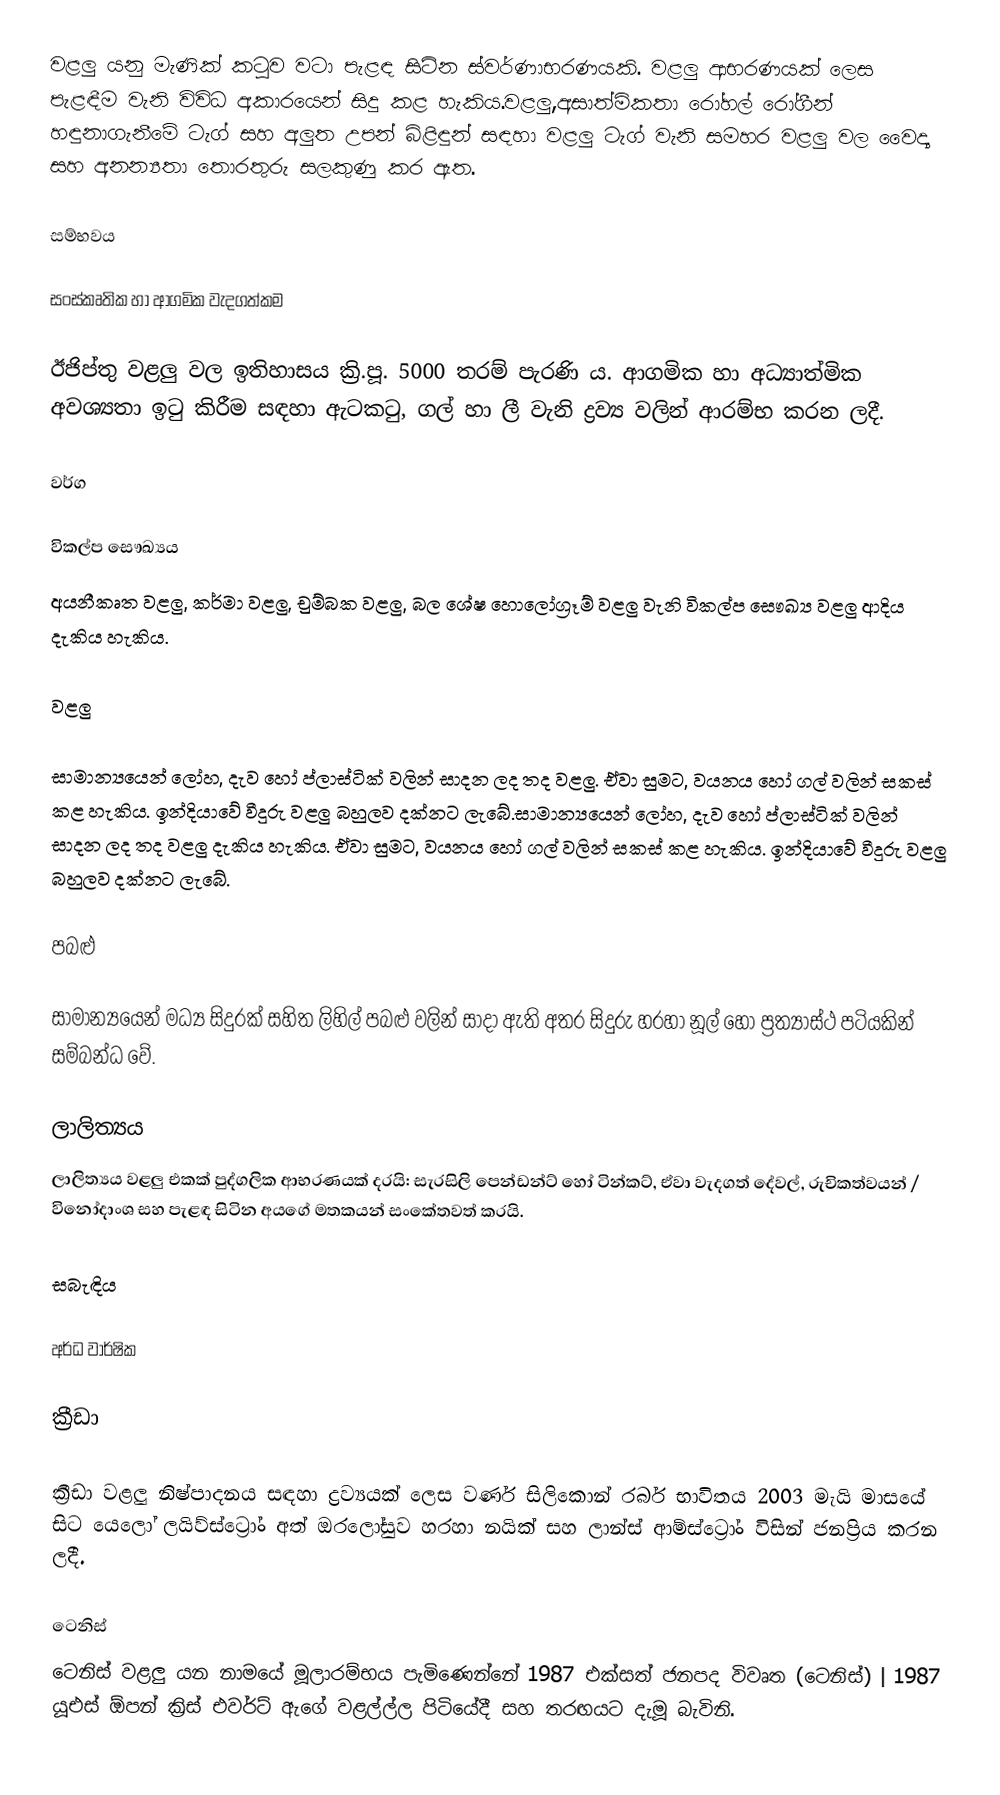
වළලු යනු මැණික් කටුව වටා පැළඳ සිටින ස්වර්ණාභරණයකි. වළලු ආභරණයක් ලෙස පැළඳීම වැනි විවිධ අකාරයෙන් සිදු කළ හැකිය.වළලු,අසාත්මිකතා රෝහල් රෝගීන් හඳුනාගැනීමේ ටැග් සහ අලුත උපන් බිළිඳුන් සඳහා වළලු ටැග් වැනි සමහර වළලු වල වෛද්‍ය සහ අනන්‍යතා තොරතුරු සලකුණු කර ඇත.

සම්භවය

සංස්කෘතික හා ආගමික වැදගත්කම

ඊජිප්තු වළලු වල ඉතිහාසය ක්‍රි.පූ. 5000 තරම් පැරණි ය. ආගමික හා අධ්‍යාත්මික අවශ්‍යතා ඉටු කිරීම සඳහා ඇටකටු, ගල් හා ලී වැනි ද්‍රව්‍ය වලින් ආරම්භ කරන ලදී.

වර්ග

විකල්ප සෞඛ්‍යය
අයනීකෘත වළලු, කර්මා වළලු, චුම්බක වළලු, බල ශේෂ හොලෝග්‍රෑම් වළලු වැනි විකල්ප සෞඛ්‍ය වළලු ආදිය දැකිය හැකිය.

වළලු

සාමාන්‍යයෙන් ලෝහ, දැව හෝ ප්ලාස්ටික් වලින් සාදන ලද තද වළලු. ඒවා සුමට, වයනය හෝ ගල් වලින් සකස් කළ හැකිය. ඉන්දියාවේ වීදුරු වළලු බහුලව දක්නට ලැබේ.සාමාන්‍යයෙන් ලෝහ, දැව හෝ ප්ලාස්ටික් වලින් සාදන ලද තද වළලු දැකිය හැකිය. ඒවා සුමට, වයනය හෝ ගල් වලින් සකස් කළ හැකිය. ඉන්දියාවේ වීදුරු වළලු බහුලව දක්නට ලැබේ.

පබළු

සාමාන්‍යයෙන් මධ්‍ය සිදුරක් සහිත ලිහිල් පබළු වලින් සාදා ඇති අතර සිදුරු හරහා නූල් හෝ ප්‍රත්‍යාස්ථ පටියකින් සම්බන්ධ වේ.

ලාලිත්‍යය
ලාලිත්‍යය වළලු එකක් පුද්ගලික ආභරණයක් දරයි: සැරසිලි පෙන්ඩන්ට් හෝ ටින්කට්, ඒවා වැදගත් දේවල්, රුචිකත්වයන් / විනෝදාංශ සහ පැළඳ සිටින අයගේ මතකයන් සංකේතවත් කරයි.

සබැඳිය

අර්ධ වාර්ෂික

ක්‍රීඩා

ක්‍රීඩා වළලු නිෂ්පාදනය සඳහා ද්‍රව්‍යයක් ලෙස වර්ණ සිලිකොන් රබර් භාවිතය 2003 මැයි මාසයේ සිට යෙලෝ ලයිව්ස්ට්‍රෝං අත් ඔරලෝසුව හරහා නයික් සහ ලාන්ස් ආම්ස්ට්‍රෝං විසින් ජනප්‍රිය කරන ලදී.

ටෙනිස්
ටෙනිස් වළලු යන නාමයේ මූලාරම්භය පැමිණෙන්නේ 1987 එක්සත් ජනපද විවෘත (ටෙනිස්) | 1987 යූඑස් ඕපන් ක්‍රිස් එවර්ට් ඇගේ වළල්ල්ල පිටියේදී සහ තරඟයට දැමූ බැවිනි.